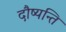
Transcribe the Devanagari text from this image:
दौष्यन्ति